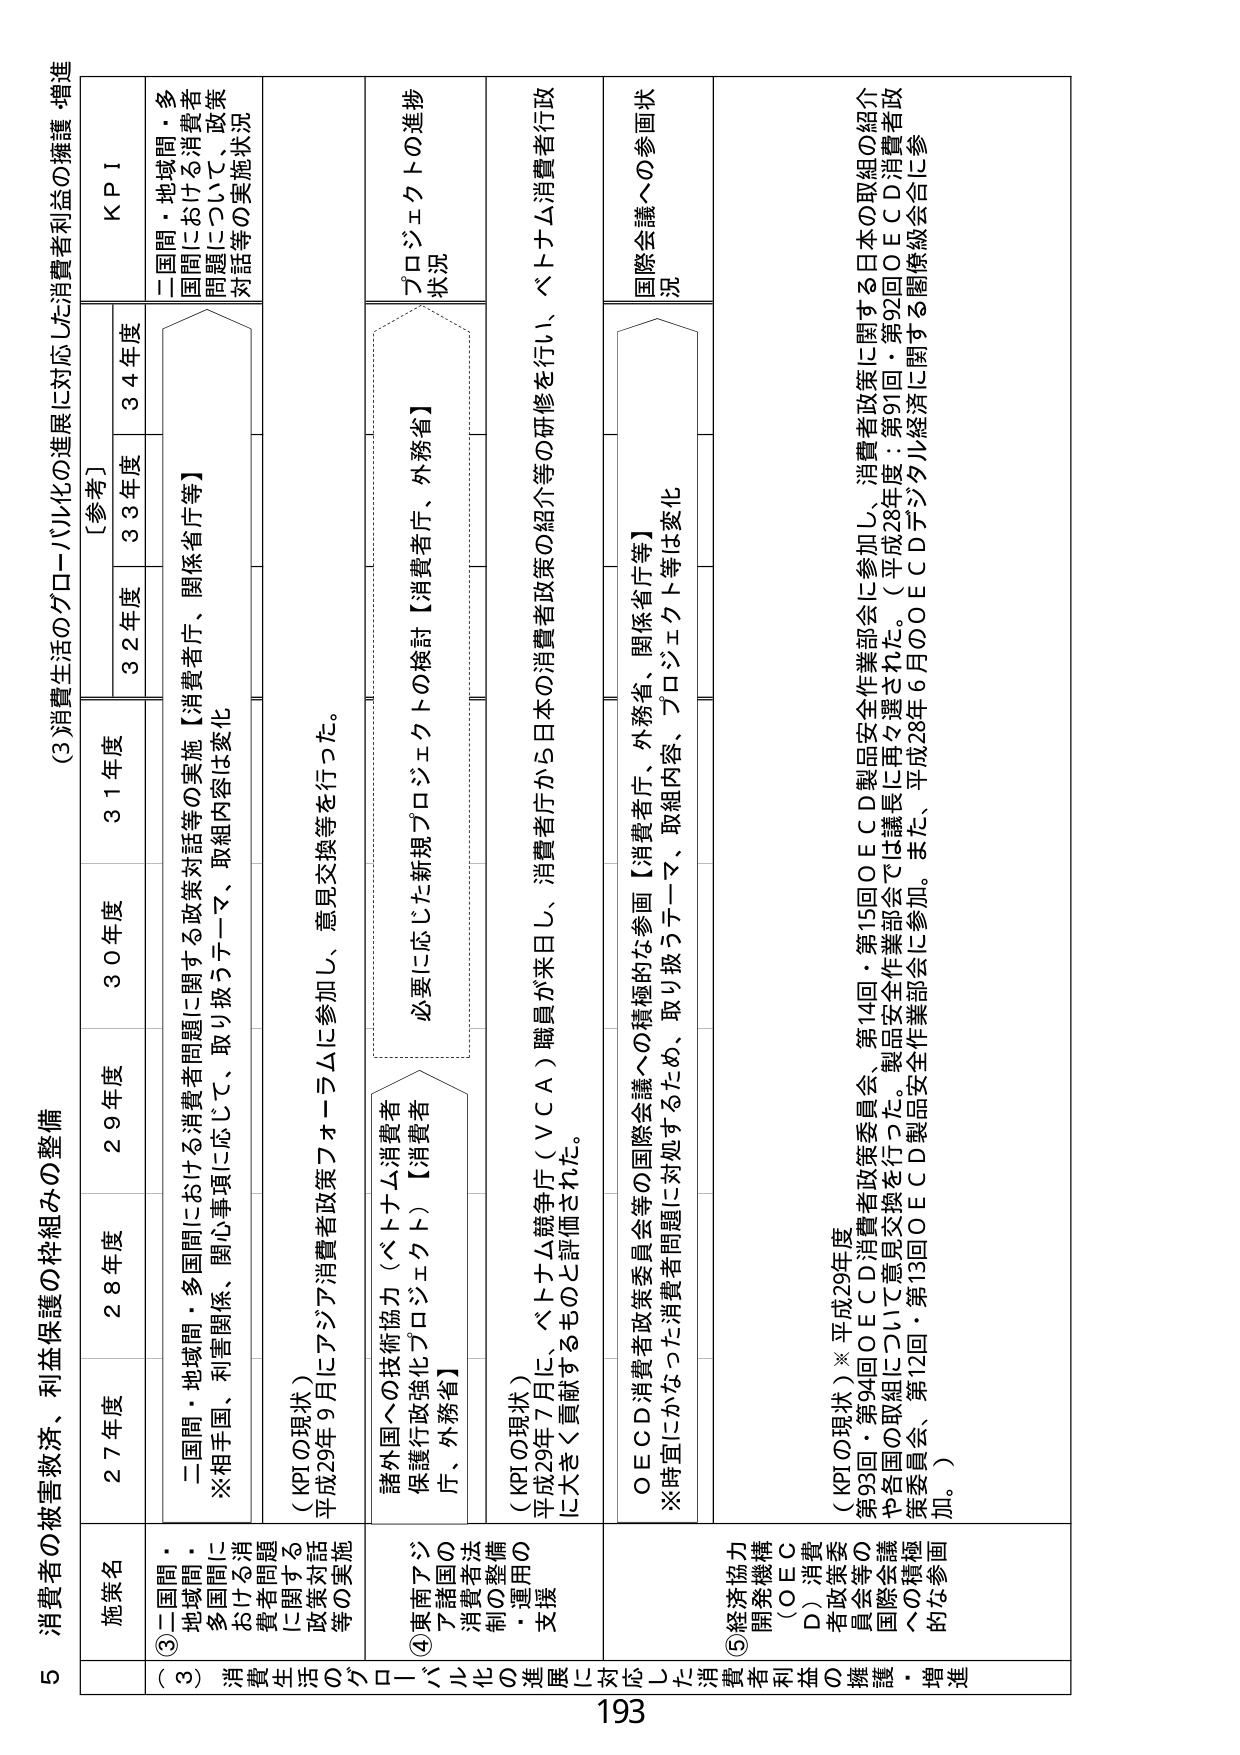
5 消費者の被害救済、利益保護の枠組みの整備

(3) 消費生活のグローバル化の進展に対応した消費者利益の擁護・増進

施策名
27年度
28年度
29年度
30年度
31年度
[参考]
32年度
33年度
34年度
KPI

(3) 二国間・地域間・多国間における消費者問題に関する政策対話等の実施
二国間・地域間・多国間における消費者問題に関する政策対話等の実施【消費者庁、関係省庁等】
※相手国、利害関係、関心事項に応じて、取り扱うテーマ、取組内容は変化
二国間・地域間・多国間における消費者問題について、政策対話等の実施状況

(KPIの現状)
平成29年9月にアジア消費者政策フォーラムに参加し、意見交換等を行った。

(4) 東南アジア諸国の消費者法制度の整備・運用の支援
諸外国への技術協力（ベトナム消費者保護行政強化プロジェクト）【消費者庁、外務省】
必要に応じた新規プロジェクトの検討【消費者庁、外務省】
プロジェクトの進捗状況

(KPIの現状)
平成29年7月に、ベトナム競争庁（VCA）職員が来日し、消費者庁から日本の消費者政策の紹介等の研修を行い、ベトナム消費者行政に大きく貢献するものと評価された。

(5) 経済協力開発機構（OECD）消費者政策委員会等の国際会議への積極的な参加・推進
OECD消費者政策委員会等の国際会議への積極的な参画【消費者庁、外務省、関係省庁等】
※時宜にかなった消費者問題に対処するため、取組内容、プロジェクト等は変化
国際会議への参画状況

(KPIの現状)※平成29年度
第93回・第94回OECD消費者政策委員会、第14回・第15回OECD製品安全作業部会に参加し、消費者政策に関する日本の取組の紹介や各国の取組について意見交換を行った。製品安全作業部会では議長に再々選された。（平成28年度：第91回・第92回OECD消費者政策委員会、第12回・第13回OECD製品安全作業部会に参加。また、平成28年6月のOECDデジタル経済に関する閣僚級会合に参加。）

193